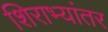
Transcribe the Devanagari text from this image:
शिराभ्यांतर